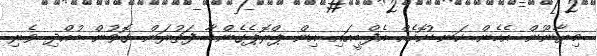
މިޔާނޫން އެހެން ކަނޑުކޮހެއް އެފްބީއައި އިން ޕްރޮޕެގެންޑާ ފަތުރަން ގޮވުން ބުއްދި ވެރި